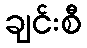
ချင်းစီ